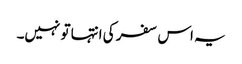
یہ اس سفر کی انتہا تو نہیں۔